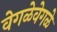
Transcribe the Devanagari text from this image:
वेगळेवेगळे